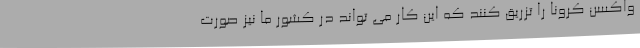
واکسن کرونا را تزریق کنند که این کار می تواند در کشور ما نیز صورت